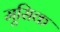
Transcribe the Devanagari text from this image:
मूसिक